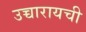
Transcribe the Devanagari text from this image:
उच्चारायची